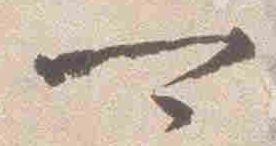
可